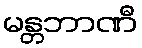
မန္တဘာဏီ